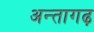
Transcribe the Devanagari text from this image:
अन्तागढ़